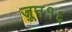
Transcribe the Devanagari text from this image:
जून१६